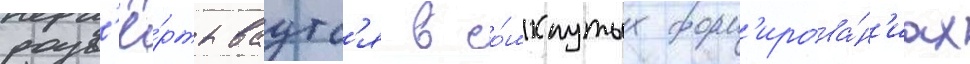
разв'ё́ртываутс'я в со́мкнутых форм'ирова́н'иах